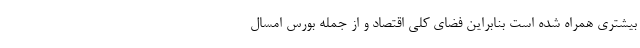
بیشتری همراه شده است بنابراین فضای کلی اقتصاد و از جمله بورس امسال